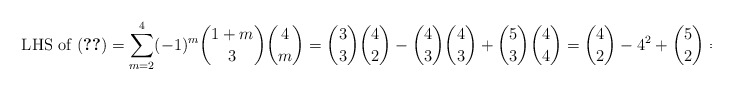
\begin{align*} \text{ LHS of (\ref{eqn:final})} = \sum_{m=2}^4 (-1)^m \binom{1+m}{3} \binom{4}{m} = \binom{3}{3} \binom{4}{2} - \binom{4}{3} \binom{4}{3} + \binom{5}{3} \binom{4}{4} = \binom{4}{2} - 4^2 + \binom{5}{2} = 0 \end{align*}